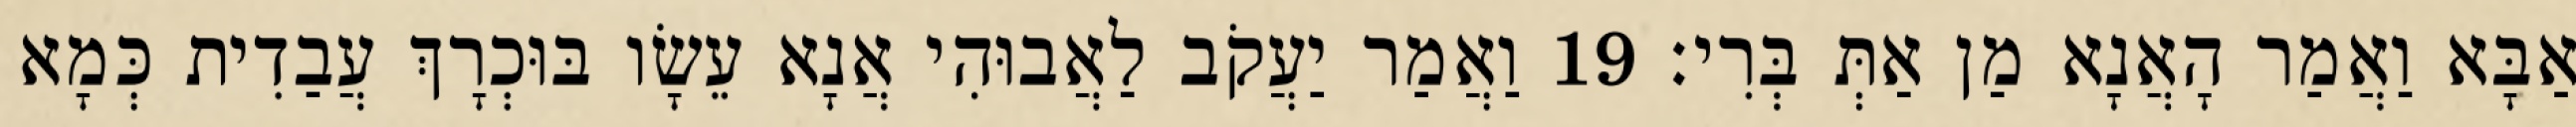
אַבָּא וַאֲמַר הָאֲנָא מַן אַתְּ בְּרִי׃ 19 וַאֲמַר יַעֲקֹב לַאֲבוּהִי אֲנָא עֵשָׂו בּוּכְרָךְ עֲבַדִית כְּמָא